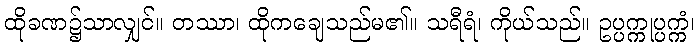
ထိုခဏ၌သာလျှင်။ တဿာ၊ ထိုကချေသည်မ၏။ သရီရံ၊ ကိုယ်သည်။ ဥပ္ပက္ကုပ္ပက္ကံ၊